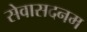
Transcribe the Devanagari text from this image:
सेवासदनम